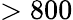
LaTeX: >800